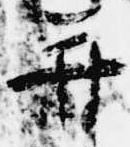
并